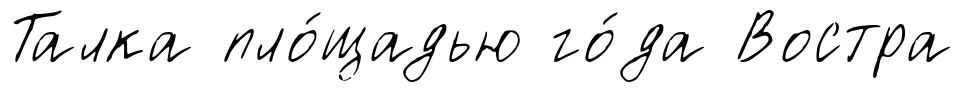
Талка пло́щадью го́да Востра